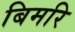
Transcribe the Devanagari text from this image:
बिमरि